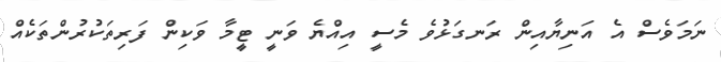
ނަމަވެސް އެ އަނިޔާއިން ރަނގަޅުވެ މެސީ އިއްޔެ ވަނީ ޓީމާ ވަކިން ފަރިތަކުރުންތަކެއް